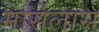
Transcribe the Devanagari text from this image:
मार्सेलास